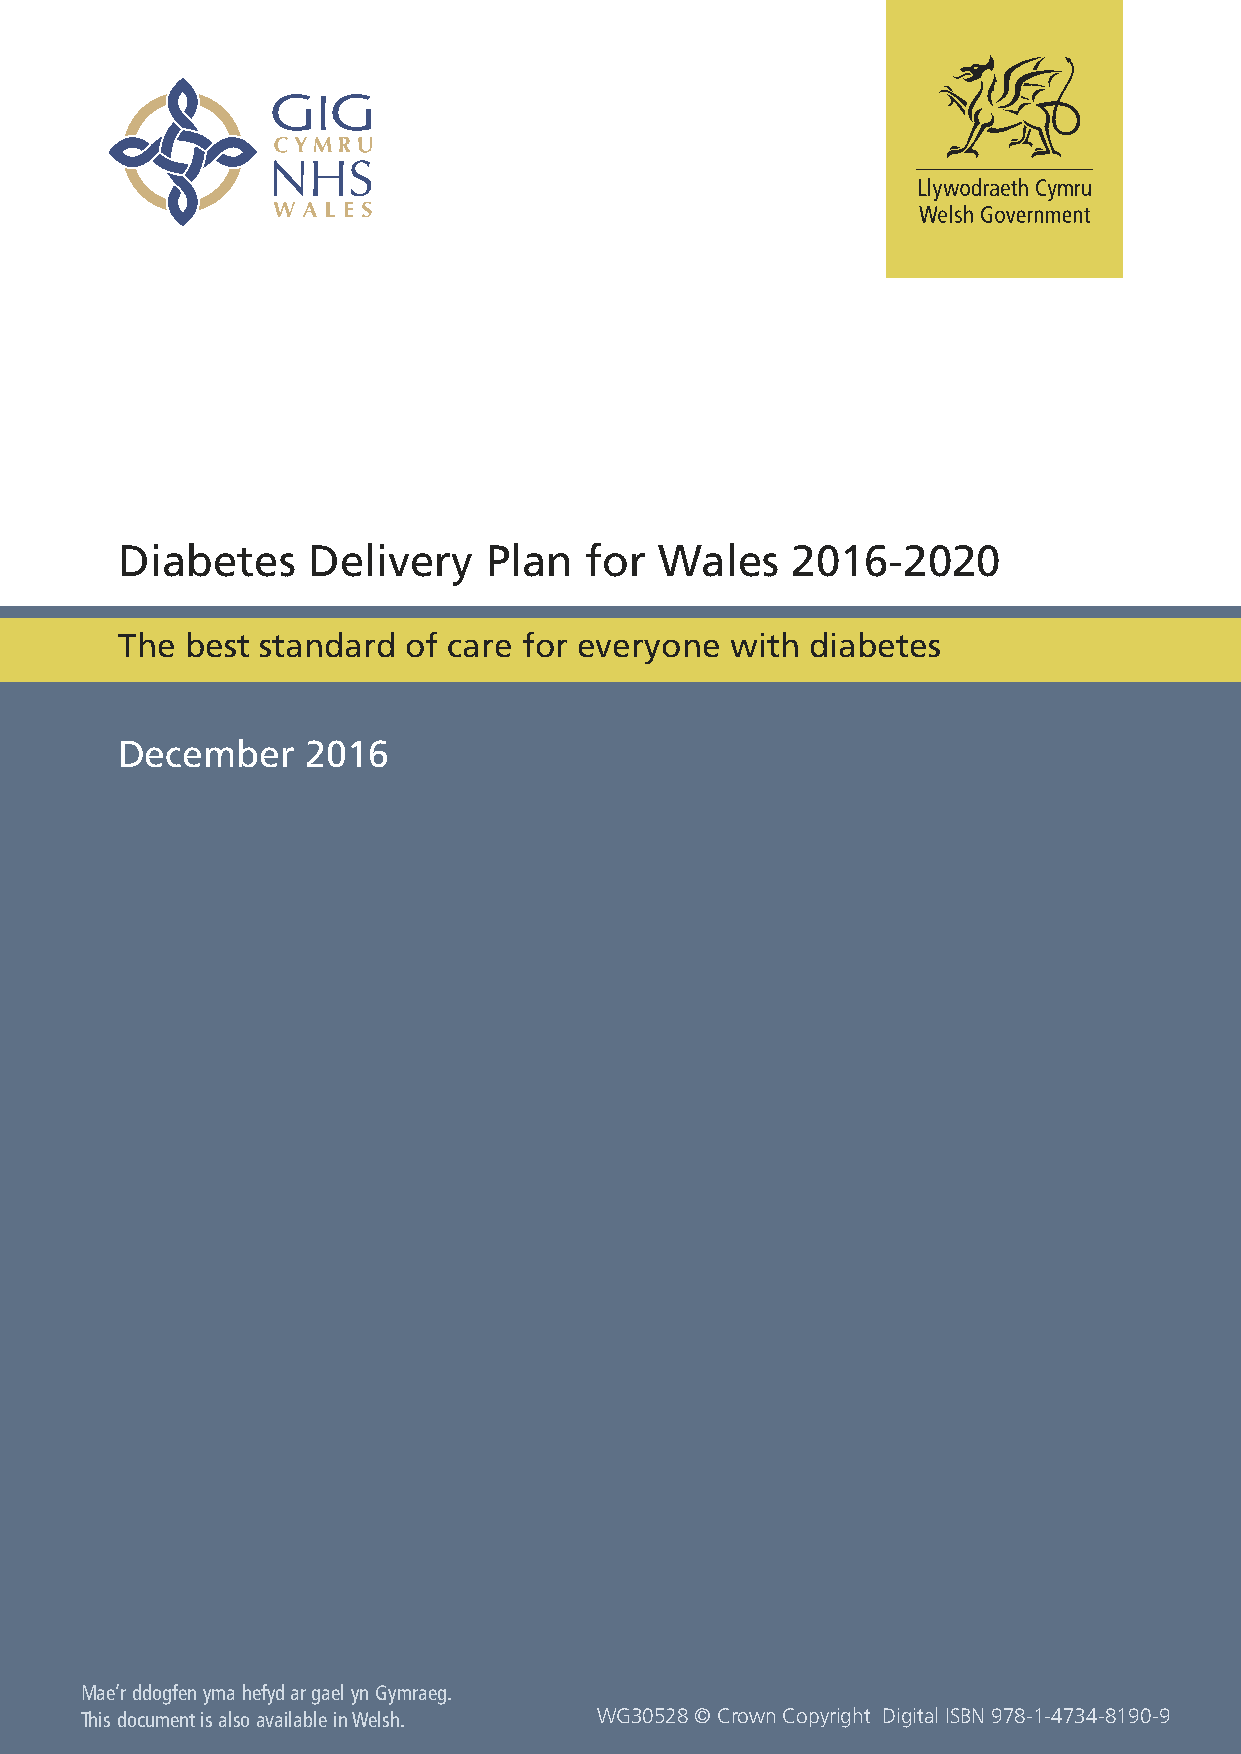
Diabetes    Delivery    Plan   for  Wales   2016-2020
 The best standard  of care for everyone with  diabetes
 December    2016
 Mae’r ddogfen yma hefyd ar gael yn Gymraeg.
 This document is also available in Welsh. WG30528 © Crown Copyright Digital ISBN 978-1-4734-8190-9